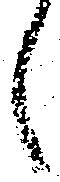
候